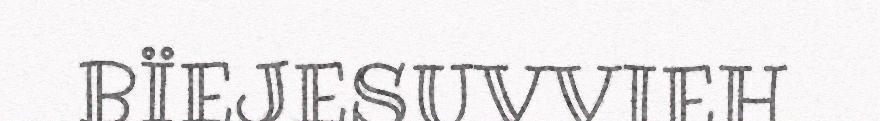
BÏEJESUVVIEH